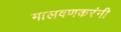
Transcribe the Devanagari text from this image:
मालवणकरंनी